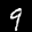
Label: 9